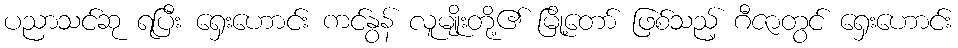
ပညာသင်ဆု ရပြီး ရှေးဟောင်း ကင်နွန် လူမျိုးတို့၏ မြို့တော် ဖြစ်သည့် ဂီဇာတွင် ရှေးဟောင်း